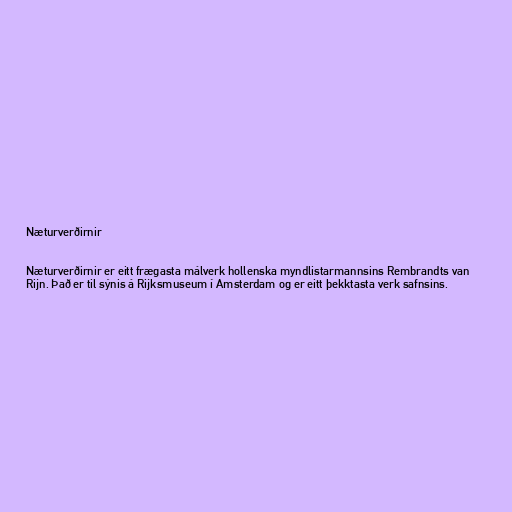
Næturverðirnir

Næturverðirnir er eitt frægasta málverk hollenska myndlistarmannsins Rembrandts van
Rijn. Það er til sýnis á Rijksmuseum í Amsterdam og er eitt þekktasta verk safnsins.